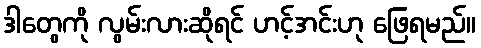
ဒါတွေကို လွမ်းလားဆိုရင် ဟင့်အင်းဟု ဖြေရမည်။